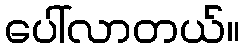
ပေါ်လာတယ်။